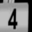
Digit: 4